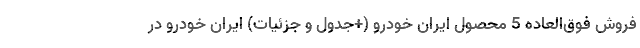
فروش فوق‌العاده 5 محصول ایران خودرو (+جدول و جزئیات) ایران خودرو در